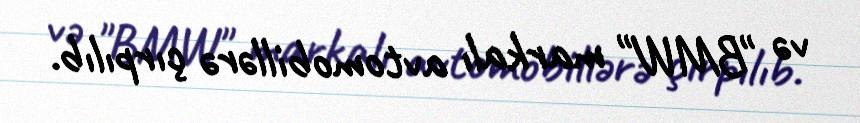
və "BMW" markalı avtomobillərə çırpılıb.